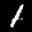
Label: 1